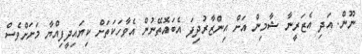
ނޫން. އަދި އެޒަރީނާ ޝާމިން އަށް އިންޒާރުދިފަ އެބައޮތޭނުން އެވާހަކަތަށް ކިޔައިދީފިއްޔާ މަށަށްވެސް